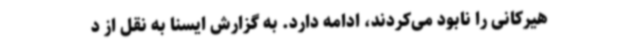
هیرکانی را نابود می‌کردند، ادامه دارد. به گزارش ایسنا به نقل از د